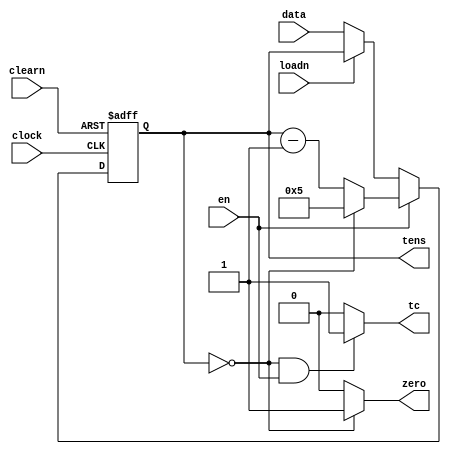
// contador decrescente modulo 10
module mod6(
    input wire clearn, loadn, clock, en,
    input wire [3:0] data,
    output wire [3:0] tens, 
    output wire tc, zero); 
    
    // OBS:
    // data -> entrada de cdigo BCD
    // clock -> entrada do clock 
    // loadn -> linha de controle de carga -> ativo em nvel BAIXO
    // en -> entrada enable (habilitao) -> ativo em nvel ALTO
    // clearn -> entrada de reset -> ativo em nvel BAIXO
    // ones -> sada de cdigo BCD
    // zero -> sada indicando que o contador chegou a zero
    // tc -> indicar quando o dgito do contador est no valor mnimo (0)
            // nesse caso TC vai para 1 e ativa o proximo contador
    

    reg [3:0] counter; // contador auxiliar para cclos do relgio

    wire [3:0] next;
    
    always @(posedge clock, negedge clearn)
        begin
            
            // limpa o cronometro
            // caso o magnetron esteja desligado, apenas limpar o visor
            // caso esteja ligado, tambm encerrar a operao
            if (clearn == 1'b0)
                begin
                    counter <= 0;
                end

            else
                // se o magnetron est desligado,  possvel carregar o dgito
                if (en == 1'b0)
                    begin
                        if (loadn == 1'b0)
                            begin
                                counter <= data;
                            end
                    end
                else 
                    begin
                        if (counter == 0) // magnetron ligado, iniciar contagem regressiva
                            begin
                                counter <= 5; // note que aqui o limite superior  5
                                // nesse caso, pode ser carregado inicialmente um nmero maior que 5
                                // mas, a cada cclo de contagem sempre retornaremos ao 5 e contaremos at o 0
                            end
                        else
                            begin
                                counter <= next;
                            end
                        
                    end 
        end

    
    assign next = counter - 1;

    // quando contador chegar a zero e o cronometro estiver ativo fazer a indicao em TC
    assign tc = ((counter == 0) && (en == 1'b1)) ? 1'b1 : 1'b0;

    // quando contador chegar a zero fazer a indicao em ZERO
    assign zero = (counter == 0) ? 1'b1 : 1'b0;

    // disponibilizar o valor atual da contagem na sada
    assign tens = counter;


endmodule